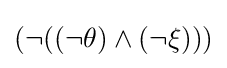
(\neg ((\neg \theta )\land (\neg \xi )))